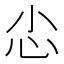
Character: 𢖿